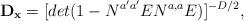
LaTeX: \begin{align*}{\bf D_x } = [det (1 - N^{a' a'} EN^{a, a} E)]^{-D/2} , \, \,\end{align*}